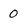
Character: 0